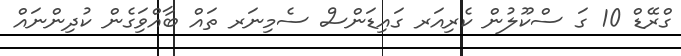
ގްރޭޑް 10 ގަ ސްކޫލުން ކެރިއަރ ގައިޑަންސް ސެމިނަރ ތައް ބާއްވަިގެން ކުދިންނައް